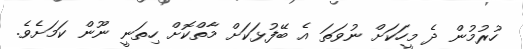
ހުރުމުން ދެ މީހަކަށް ނުވަތަ އެ ބޭފުޅަކަށް މާތްކޮށް ހިތަނީ ނޫން ކަމަށެވެ.